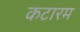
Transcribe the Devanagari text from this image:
कटारम